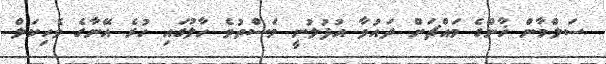
ސަލްމާން ޚާންގެ މައްޗަށް ދައުވާ އުފުލުނީ މަސްތުވެ ހާލުގައި ހުރެ އޭނާގެ ވެހިކަލް